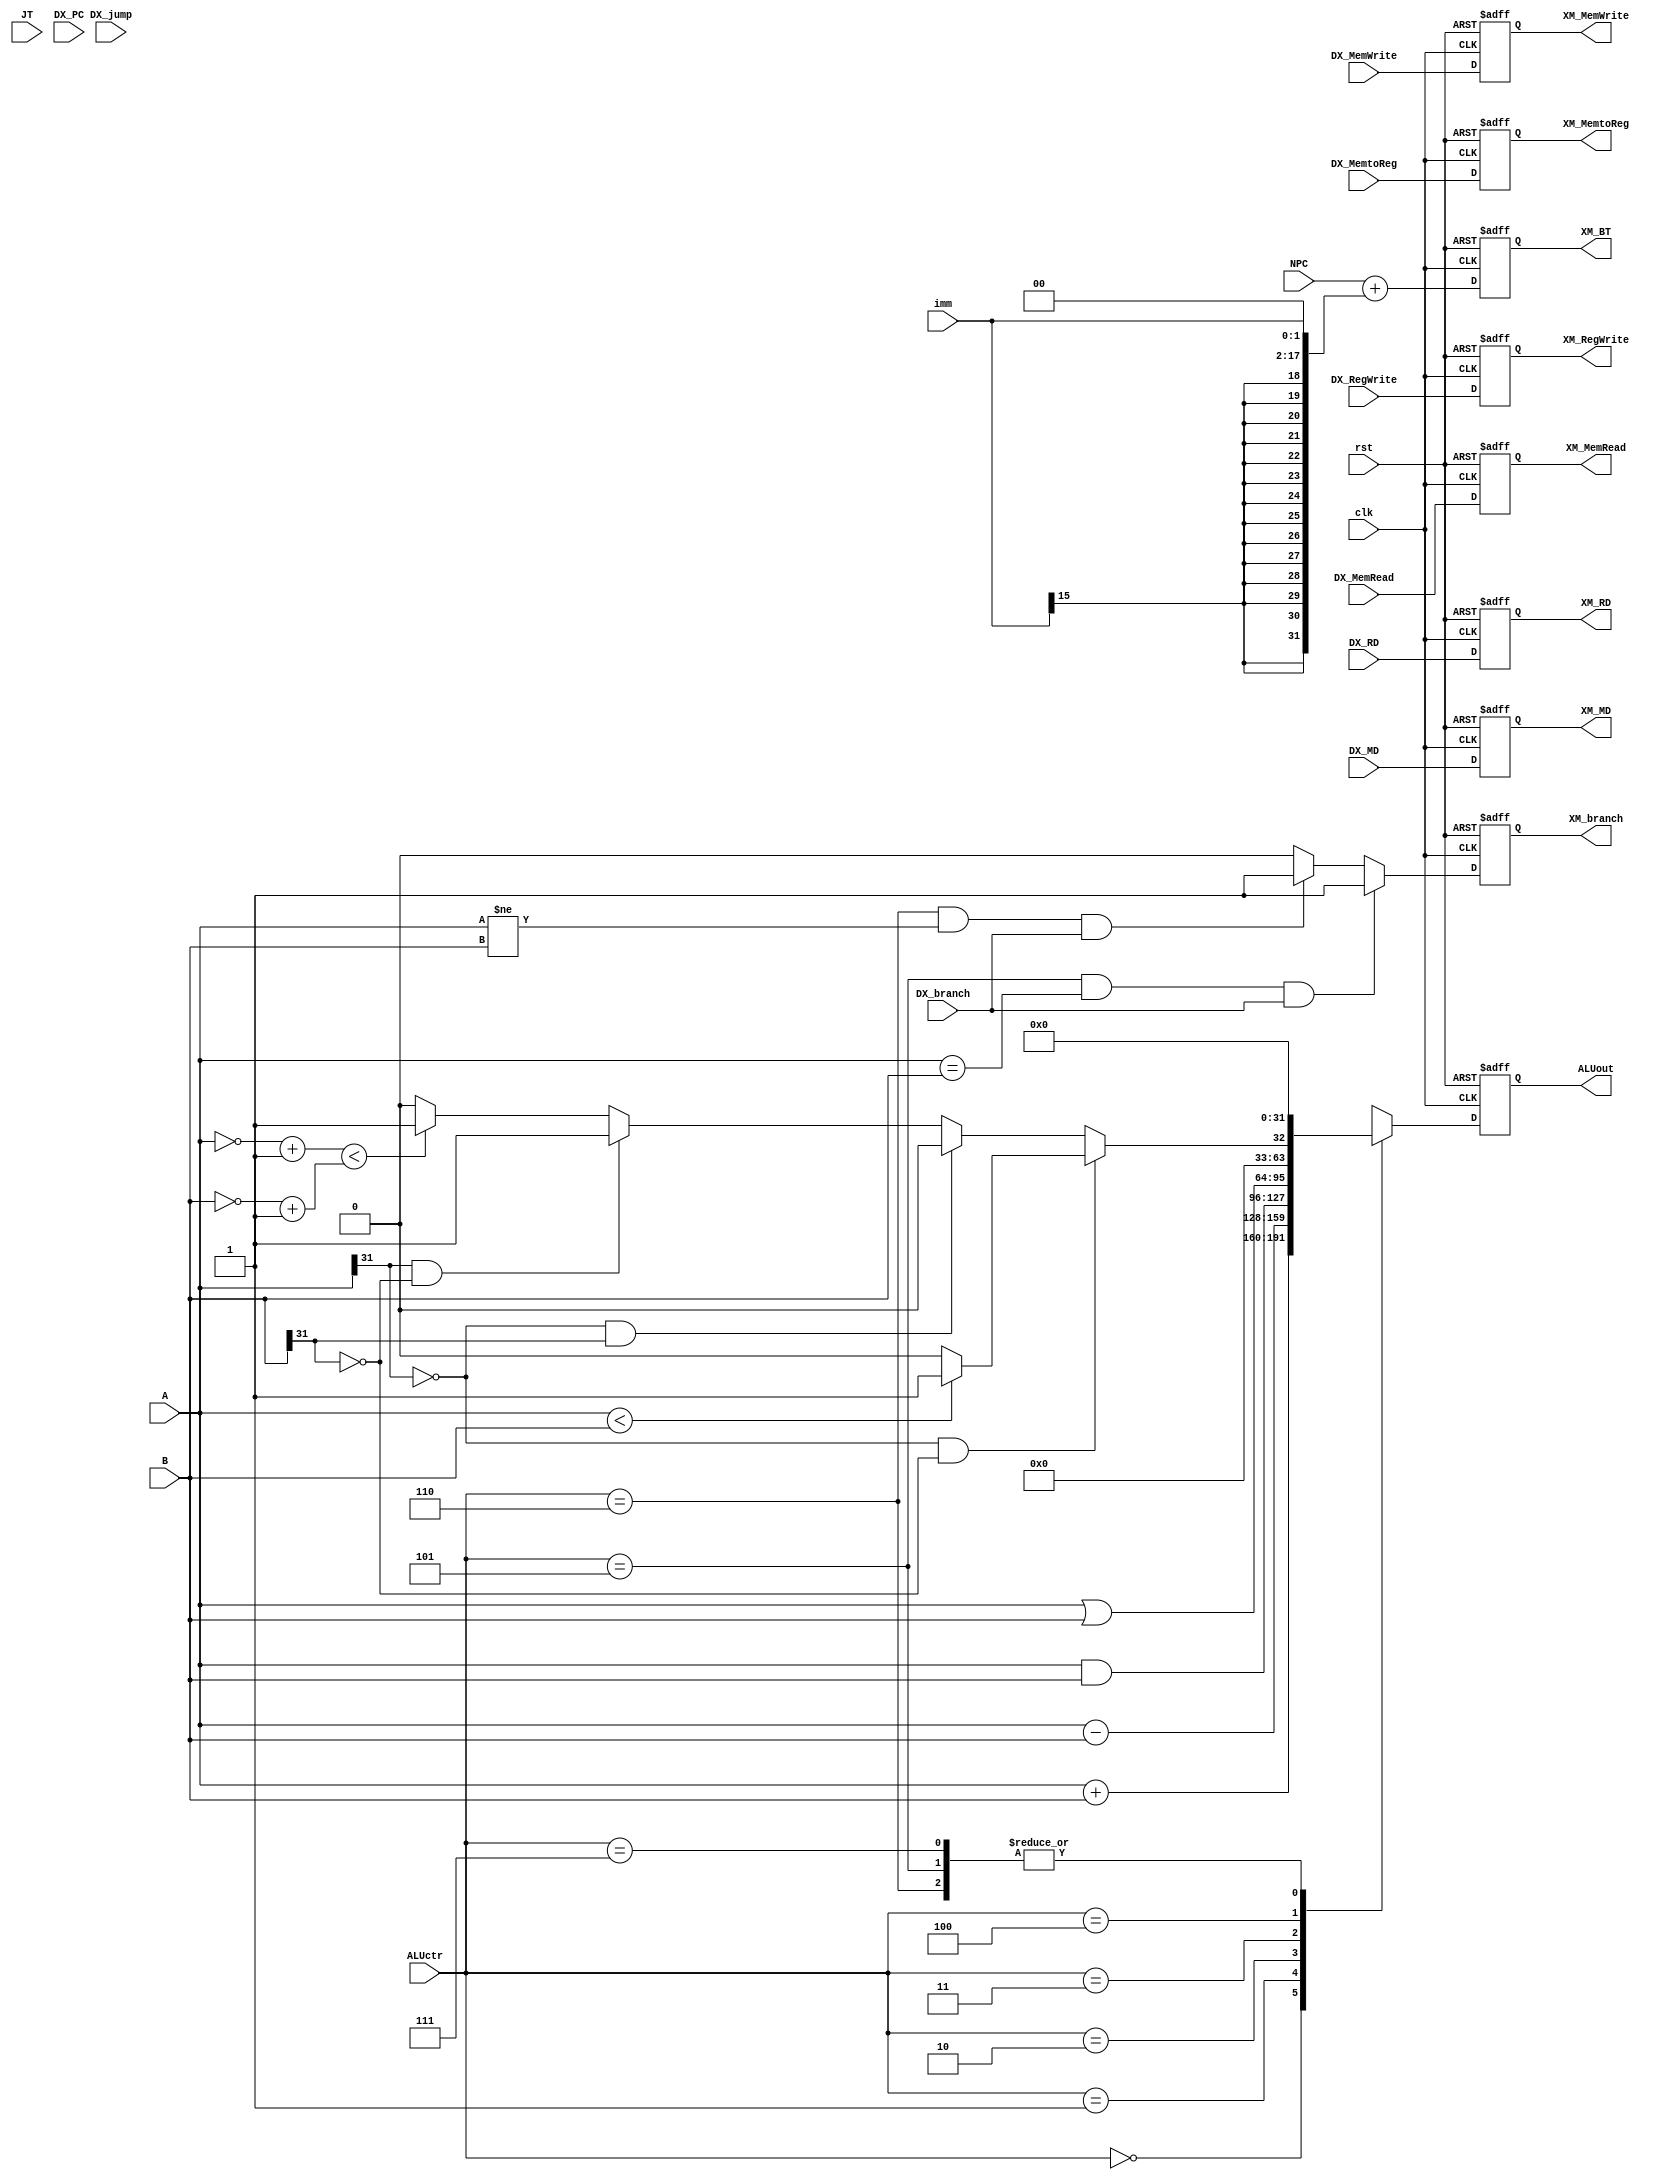
module EXECUTION(
	clk,
	rst,
	DX_MemtoReg,
	DX_RegWrite,
	DX_MemRead,
	DX_MemWrite,
	DX_branch,
	ALUctr,
	NPC,
	A,
	B,
	imm,
	DX_RD,
	DX_MD,
	
	JT,
	DX_PC,
	DX_jump,

	XM_MemtoReg,
	XM_RegWrite,
	XM_MemRead,
	XM_MemWrite,
	XM_branch,
	ALUout,
	XM_RD,
	XM_MD,
	XM_BT
);

input clk, rst, DX_MemtoReg, DX_RegWrite, DX_MemRead, DX_MemWrite, DX_branch, DX_jump;
input [2:0] ALUctr;
input [31:0]JT, DX_PC, NPC, A, B;
input [15:0]imm;
input [4:0] DX_RD;
input [31:0] DX_MD;

output reg XM_MemtoReg, XM_RegWrite, XM_MemRead, XM_MemWrite, XM_branch;
output reg [31:0]ALUout, XM_BT;
output reg [4:0] XM_RD;
output reg [31:0] XM_MD;

//set pipeline register
always @(posedge clk or posedge rst)
begin
	if(rst) begin //?????
		XM_MemtoReg	<= 1'b0;
		XM_RegWrite	<= 1'b0;
		XM_MemRead 	<= 1'b0;
		XM_MemWrite	<= 1'b0;
		XM_RD 	   	<= 5'b0;
		XM_MD 	   	<= 32'b0;
		XM_branch	<= 1'b0;
		XM_BT		<=32'b0;
	end else begin
		XM_MemtoReg	<= DX_MemtoReg;
		XM_RegWrite	<= DX_RegWrite;
		XM_MemRead 	<= DX_MemRead;
		XM_MemWrite	<= DX_MemWrite;
		XM_RD 	   	<= DX_RD;
		XM_MD 	   	<= DX_MD;
	    XM_branch<=((ALUctr==5) && (A == B) && (DX_branch))? 1'b1: ((ALUctr==6) && (A != B) && (DX_branch))?1'b1:1'b0;
		XM_BT<=NPC+{ { 15{imm[15]}}, imm, 2'b0};  //Branch Target = PC +  (EX. beq)
		//beq"execution"ALUout0
	end
end

always @(posedge clk or posedge rst)
begin
   if(rst) begin
   		ALUout <= 32'b0;
   end else begin
   		case(ALUctr)
			
		  	3'd0: //add / lw ...  //ID?
		     	ALUout <= A + B;
			3'd1: //sub
				ALUout <= A - B;
			3'd2: //and
				ALUout <= A & B;
			3'd3: //or
				ALUout <= A | B;
			3'd4: begin //slt
				if (A[31] == 1'b0 && B[31] == 1'b0)
					ALUout <= A < B ? 32'd1 : 32'd0;
				else if (A[31] == 1'b0 && B[31] == 1'b1)
					ALUout <= 32'd0;
				else if (A[31] == 1'b1 && B[31] == 1'b0)
					ALUout <= 32'd1;
				else
					ALUout <= ~A + 1'b1 < ~B + 1'b1 ? 32'd1 : 32'd0;
			end
			3'd5:
				ALUout <= 32'b0;
			3'd6:
				ALUout <= 32'b0;
			3'd7:
				ALUout <= 32'b0;


		endcase
   end
end


endmodule